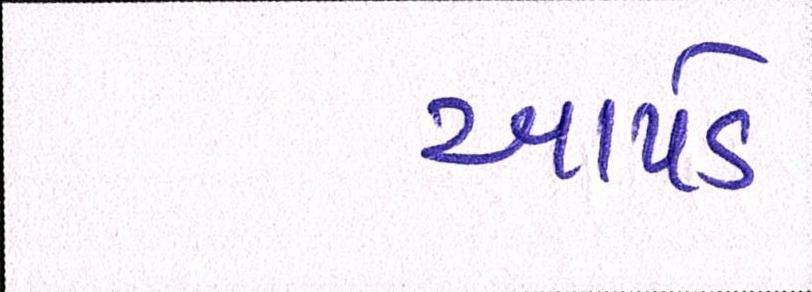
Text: આપડે